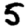
Digit: 5